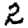
Digit: 2